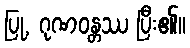
ပြု, ဂုဏဝန္တဿ ပြီး၏။